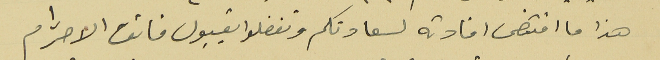
هذا ما اقتضى افادته لسعادتكم وتفضلوا بقبول فائق الاحترام